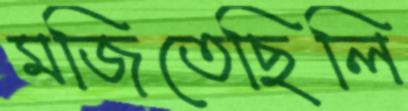
মজিতেছিলি